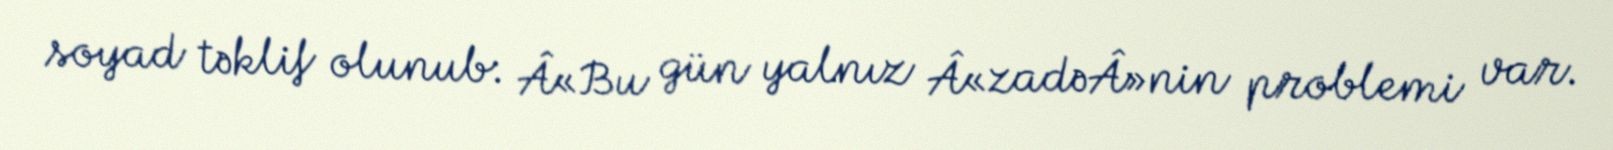
soyad təklif olunub: Â«Bu gün yalnız Â«zadəÂ»nin problemi var.